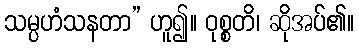
သမ္ပဟံသနတာ” ဟူ၍။ ဝုစ္စတိ၊ ဆိုအပ်၏။